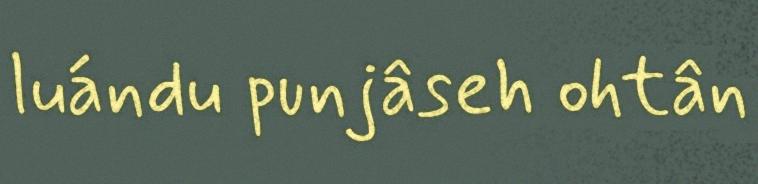
luándu punjâseh ohtân